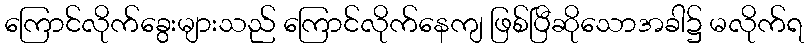
ကြောင်လိုက်ခွေးများသည် ကြောင်လိုက်နေကျ ဖြစ်ပြီဆိုသောအခါ၌ မလိုက်ရ